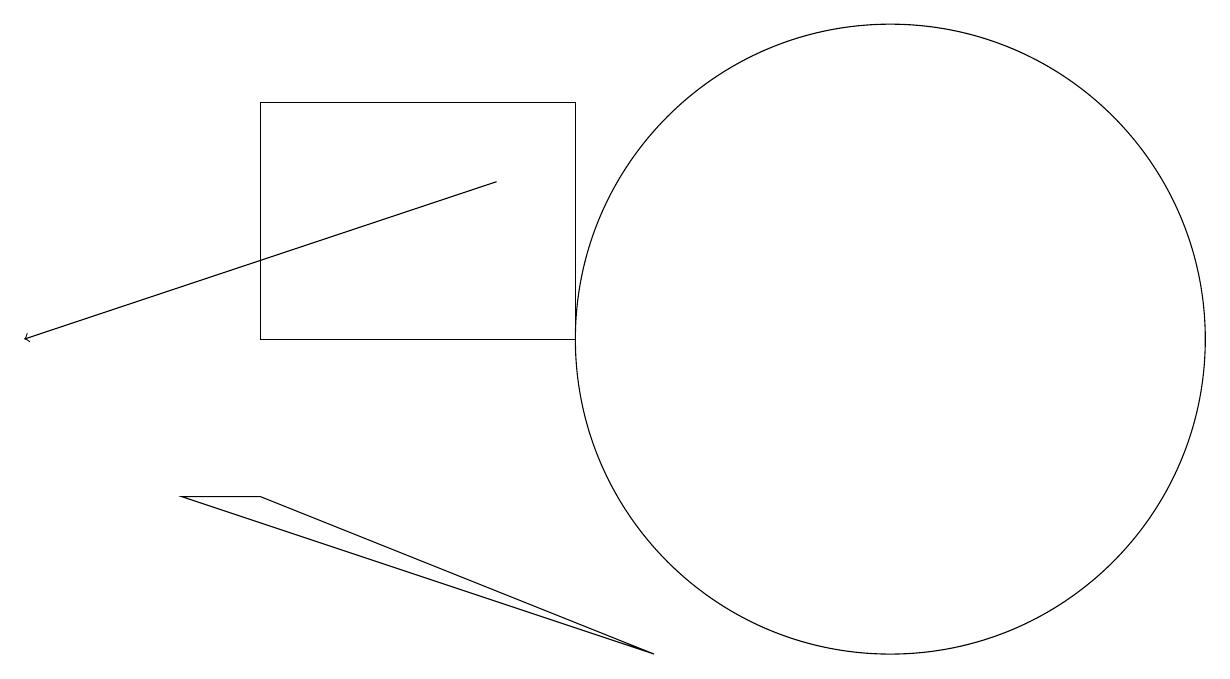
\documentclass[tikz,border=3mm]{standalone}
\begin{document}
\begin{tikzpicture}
\draw (2,9) -- (8,7) -- (3,9) -- cycle;
\draw (3,11) rectangle (7,14);
\draw[->] (6,13) -- (0,11);
\draw (11,11) circle (4);
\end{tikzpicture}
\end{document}